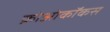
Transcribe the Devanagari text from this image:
क्रोओकॉकस